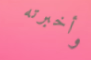
وأخبرته